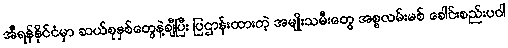
အီရန်နိုင်ငံမှာ ဆယ်စုနှစ်တွေနဲ့ချီပြီး ပြဌာန်းထားတဲ့ အမျိုးသမီးတွေ အစ္စလမ်းမစ် ခေါင်းစည်းပဝါ